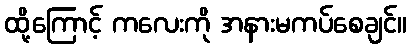
ထို့ကြောင့် ကလေးကို အနားမကပ်စေချင်။